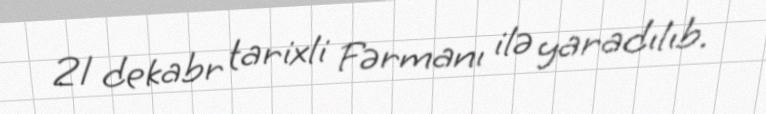
21 dekabr tarixli Fərmanı ilə yaradılıb.